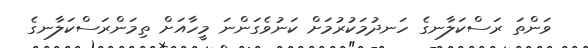
ވަންތަ ރަސްކަލާނގެ ހަނދުމަކުރުމަށް ކަނުވެގަންނަ މީހާއަށް ތިމަންރަސްކަލާނގެ